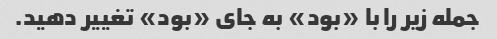
جمله زیر را با «بود» به جای «بود» تغییر دهید.